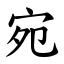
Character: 宛